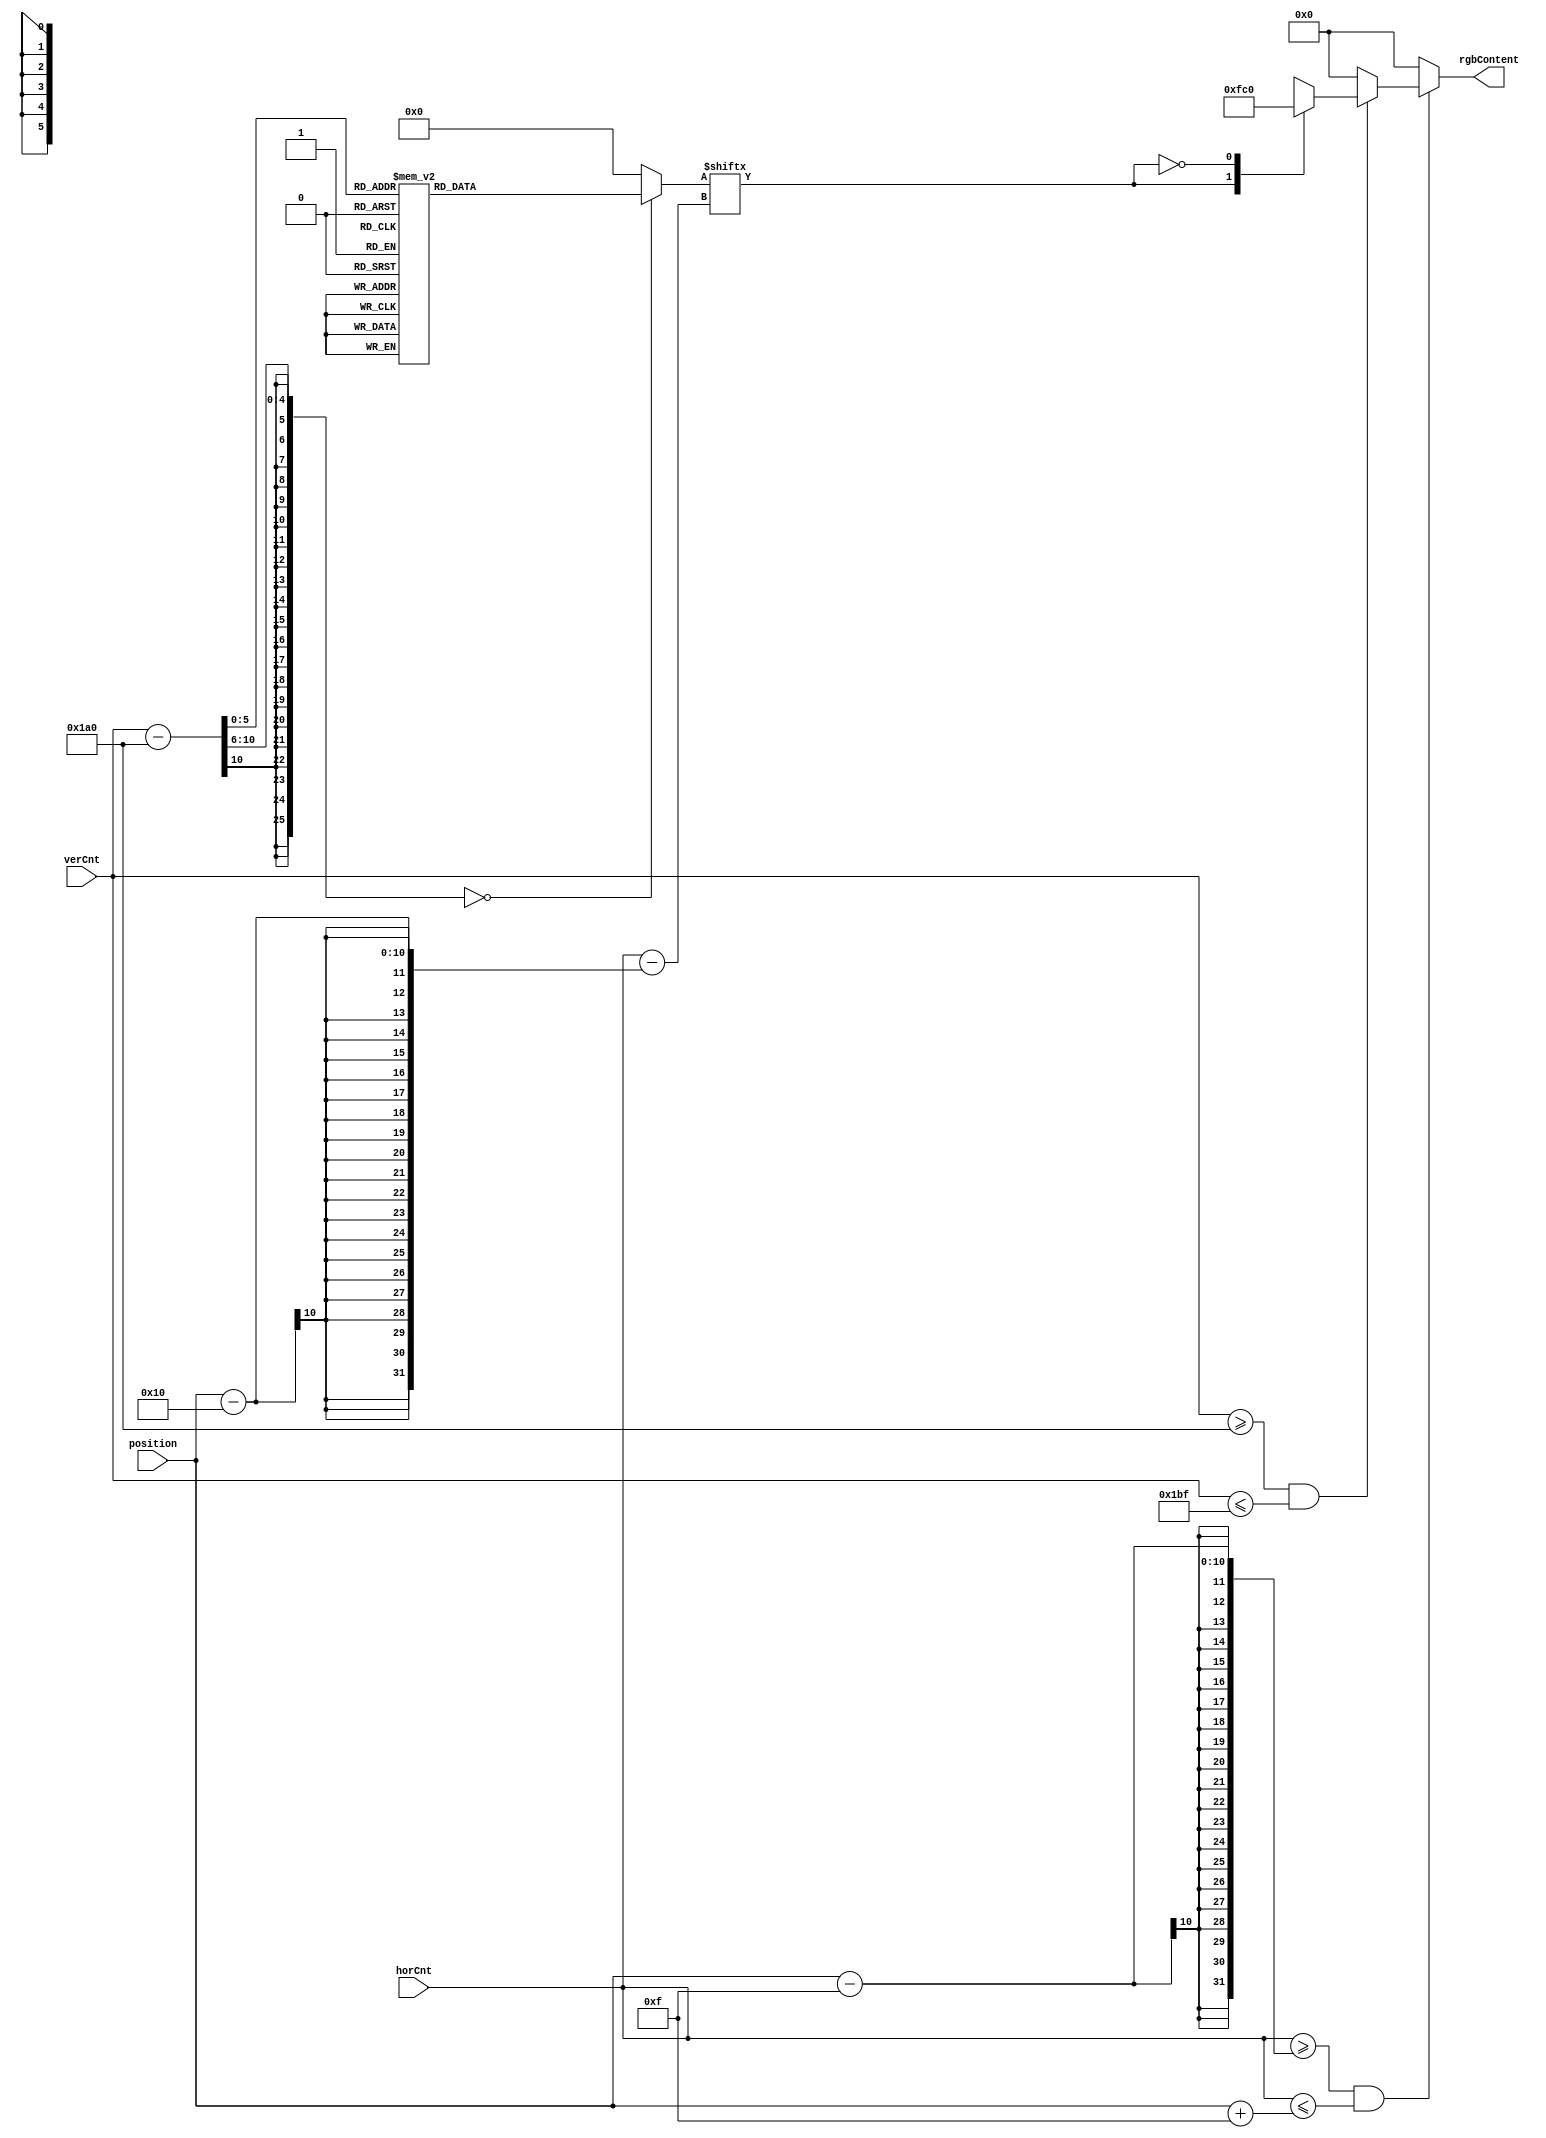
`timescale 1ns / 1ps
//////////////////////////////////////////////////////////////////////////////////
// Company: 
// Engineer: 
// 
// Design Name: 
// Module Name:    drawPlayer 
// Project Name: 
// Target Devices: 
// Tool versions: 
// Description: 
//
// Dependencies: 
//
// Revision: 
// Revision 0.01 - File Created
// Additional Comments: 
//
//////////////////////////////////////////////////////////////////////////////////
module drawPlayer(horCnt,
						verCnt,
						position,
						rgbContent
    );
	 input [9:0] horCnt;
	 input [9:0] verCnt;
	 input [9:0] position;
	 output reg [5:0] rgbContent = 6'bzzzzzz;
	 reg [32:0] data_t = 0;
	 
	always @(horCnt or verCnt or position) begin
			if(horCnt >= (position-15) && horCnt <= (position+15)) begin
				if(verCnt >= 416 && verCnt <= 447)begin
//fix here
                    case(verCnt - 416)
        10'd00: data_t = 33'b000000000000000000000000000000000;
        10'd01: data_t = 33'b000000000000000010000000000000000;
        10'd02: data_t = 33'b000000000000000010000000000000000;
        10'd03: data_t = 33'b000000000000000111000000000000000;
        10'd04: data_t = 33'b000000000000000101000000000000000;
        10'd05: data_t = 33'b000000000000000101000000000000000;
        10'd06: data_t = 33'b000000000000000101000000000000000;
        10'd07: data_t = 33'b000000100000000101000000001000000;
        10'd08: data_t = 33'b000000100000001111100000001000000;
        10'd09: data_t = 33'b000001110000011111110000011100000;
        10'd10: data_t = 33'b000001010000110000011000010100000;
        10'd11: data_t = 33'b000001010001100000011100010100000;
        10'd12: data_t = 33'b000001010011100011101110010100000;
        10'd13: data_t = 33'b000001010111100000011111010100000;
        10'd14: data_t = 33'b000001011111100000011111110100000;
        10'd15: data_t = 33'b000001011111110010011111110100000;
        10'd16: data_t = 33'b000001011111111111111111110100000;
        10'd17: data_t = 33'b000001111111111111111111111100000;
        10'd18: data_t = 33'b000011111111111111111111111110000;
        10'd19: data_t = 33'b000111111111111111111111111111000;
        10'd20: data_t = 33'b000111111111111111111111111111000;
        10'd21: data_t = 33'b001111111111111111111111111111100;
        10'd22: data_t = 33'b001111111111111111111111111111100;
        10'd23: data_t = 33'b011111111100011111110001111111110;
        10'd24: data_t = 33'b011111111000001111100000111111110;
        10'd25: data_t = 33'b011111110000111111111000011111110;
        10'd26: data_t = 33'b011111100001111111111100001111110;
        10'd27: data_t = 33'b011111000000000000000000000111110;
        10'd28: data_t = 33'b001110000000000000000000000011100;
        10'd29: data_t = 33'b000000000000000000000000000000000;
        10'd30: data_t = 33'b000000000000000000000000000000000;
        10'd31: data_t = 33'b000000000000000000000000000000000;
        10'd32: data_t = 33'b000000000000000000000000000000000;
        default: data_t = 33'b000000000000000000000000000000000;        
                endcase
                
                case(data_t[horCnt-(position-16)])
                    1: rgbContent <= 6'b111111;
                    0: rgbContent <= 6'b000000;
                    default: rgbContent <= 6'b000000;
                endcase
            end
			else 
                rgbContent = 6'b000000;            
            end
 //fix here
			else 
				rgbContent = 6'b000000;
	        end

endmodule